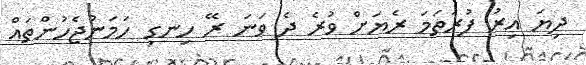
ދިޔަ އިރު ފުރަތަމަ ރެޔަށް ވުރެ ދެ ވަނަ ރޭ ހިނގި ހަމަނުޖެހުންތައް